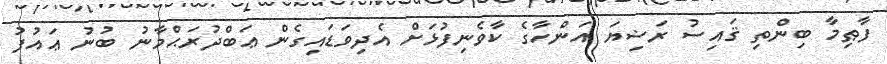
ފާޠިމާ ބިންތި ޤައިސު ރަޟިޔަ އަންހާގެ ކާވެނިފުޅަށް އެދިވަޑައިގެން ޢަބްދުރަޙްމާނު ބުނު ޢައުފުު